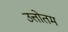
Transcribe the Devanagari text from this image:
उत्तोतम